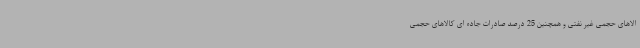
الاهای حجمی غیر نفتی و همچنین 25 درصد صادرات جاده ای کالاهای حجمی